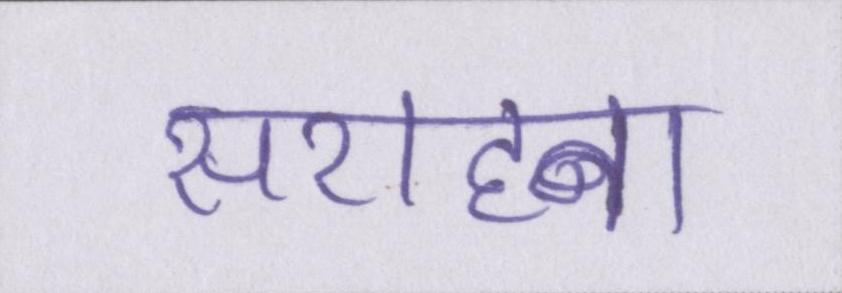
सराहना